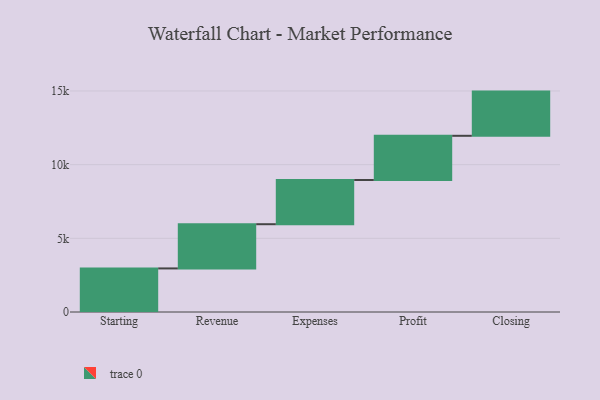
{"axis": {"x": "Step", "y": "Value"}, "legend": [""], "data": [{"x": "Starting", "y": 2958.0, "type": ""}, {"x": "Revenue", "y": 3000, "type": ""}, {"x": "Expenses", "y": 3000, "type": ""}, {"x": "Profit", "y": 3000, "type": ""}, {"x": "Closing", "y": 3000, "type": ""}]}